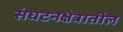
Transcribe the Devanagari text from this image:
संघटनक्षेत्रातील